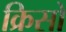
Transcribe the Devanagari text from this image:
क्रिसो